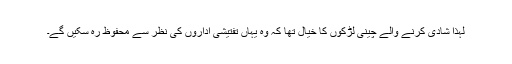
لہذا شادی کرنے والے چینی لڑکوں کا خیال تھا کہ وہ یہاں تفتیشی اداروں کی نظر سے محفوظ رہ سکیں گے۔